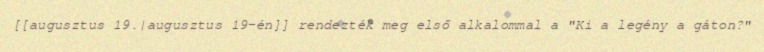
[[augusztus 19.|augusztus 19-én]] rendezték meg első alkalommal a "Ki a legény a gáton?"